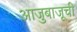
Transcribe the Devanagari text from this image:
आजुबाजूची